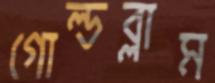
গোল্ডব্লাম